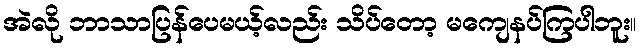
အဲလို ဘာသာပြန်ပေမယ့်လည်း သိပ်တော့ မကျေနပ်ကြပါဘူး။